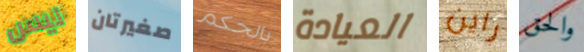
ليس صغيرتان بالحكم العيادة راين والحق